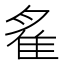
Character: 𨾞